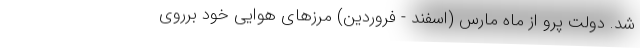
شد. دولت پرو از ماه مارس (اسفند - فروردین) مرزهای هوایی خود برروی